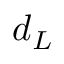
d _ { L }